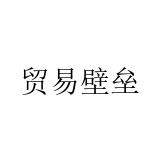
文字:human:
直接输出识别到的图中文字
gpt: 贸易壁垒